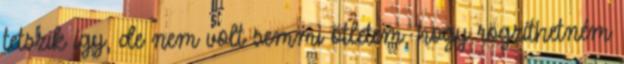
tetszik így, de nem volt semmi ötletem, hogy rögzíthetném